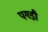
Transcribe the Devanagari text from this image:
पगडी़